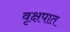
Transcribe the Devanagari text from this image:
वृक्षपात